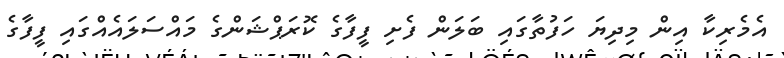
އެމެރިކާ އިން މިދިޔަ ހަފުތާގައި ބަލަން ފެށި ފީފާގެ ކޮރަޕްޝަންގެ މައްސަލައެއްގައި ފީފާގެ